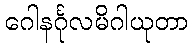
ဂေါနင်္ဂုလမိဂါယုတာ